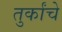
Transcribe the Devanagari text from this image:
तुर्कांचे